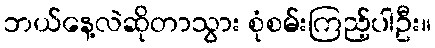
ဘယ်နေ့လဲဆိုတာသွား စုံစမ်းကြည့်ပါဦး။